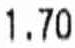
1.70